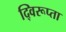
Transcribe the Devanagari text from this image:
द्विरूप्ता